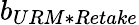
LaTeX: b_{URM*Retake}